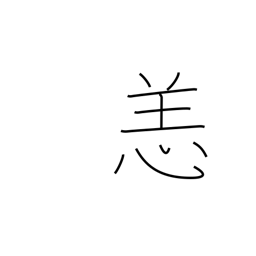
Meaning: illness